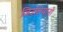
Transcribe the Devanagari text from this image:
जिउलियानो